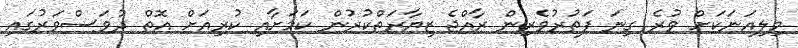
މިލިއަނަކަށް ވުރެ ގިނަ ފަތުރުވެރިން ރާއްޖެ ޒިޔާރަތްކުރުން ކަމަށާއި ކުރިއަށް އޮތް ދުވަސްވަރުގައި